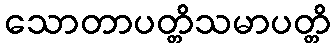
သောတာပတ္တိသမာပတ္တိ